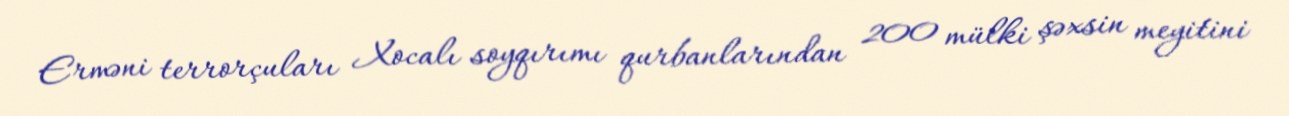
Erməni terrorçuları Xocalı soyqırımı qurbanlarından 200 mülki şəxsin meyitini